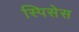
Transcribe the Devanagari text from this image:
स्पिसेस